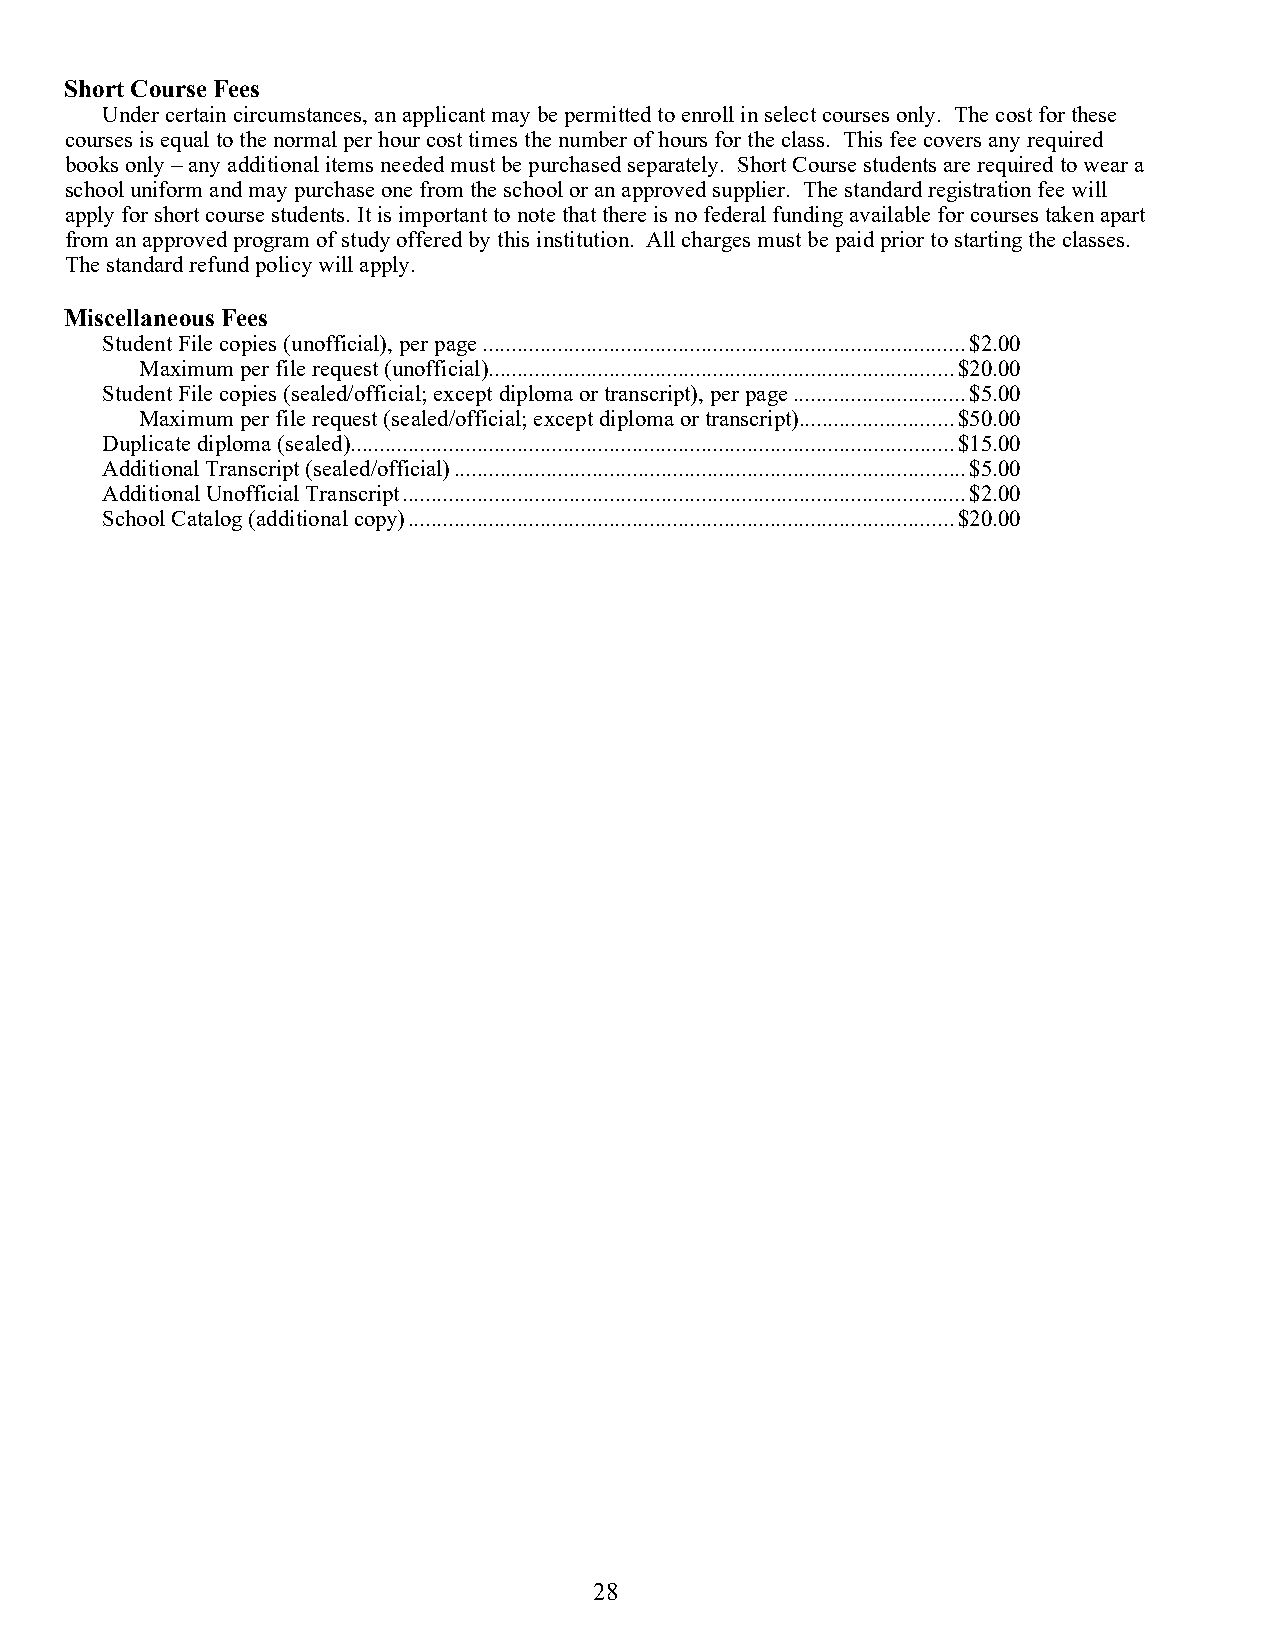
Short Course Fees
 Under certain circumstances, an applicant may be permitted to enroll in select courses only. The cost for these
 courses is equal to the normal per hour cost times the number of hours for the class. This fee covers any required
 books only – any additional items needed must be purchased separately. Short Course students are required to wear a
 school uniform and may purchase one from the school or an approved supplier. The standard registration fee will
 apply for short course students. It is important to note that there is no federal funding available for courses taken apart
 from an approved program of study offered by this institution. All charges must be paid prior to starting the classes.
 The standard refund policy will apply.
 Miscellaneous Fees
 Student File copies (unofficial), per page .................................................................................... $2.00
 Maximum per file request (unofficial) ................................................................................. $20.00
 Student File copies (sealed/official; except diploma or transcript), per page .............................. $5.00
 Maximum per file request (sealed/official; except diploma or transcript) ........................... $50.00
 Duplicate diploma (sealed) ......................................................................................................... $15.00
 Additional Transcript (sealed/official) ......................................................................................... $5.00
 Additional Unofficial Transcript .................................................................................................. $2.00
 School Catalog (additional copy) ............................................................................................... $20.00
 28